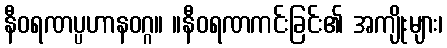
နီဝရဏပ္ပဟာနဝဂ္ဂ။ ။နီဝရဏကင်းခြင်း၏ အကျိုးများ၊